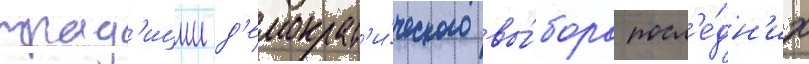
трад'иции д'емократ'и́ческого вы́бора посл'е́дн'их